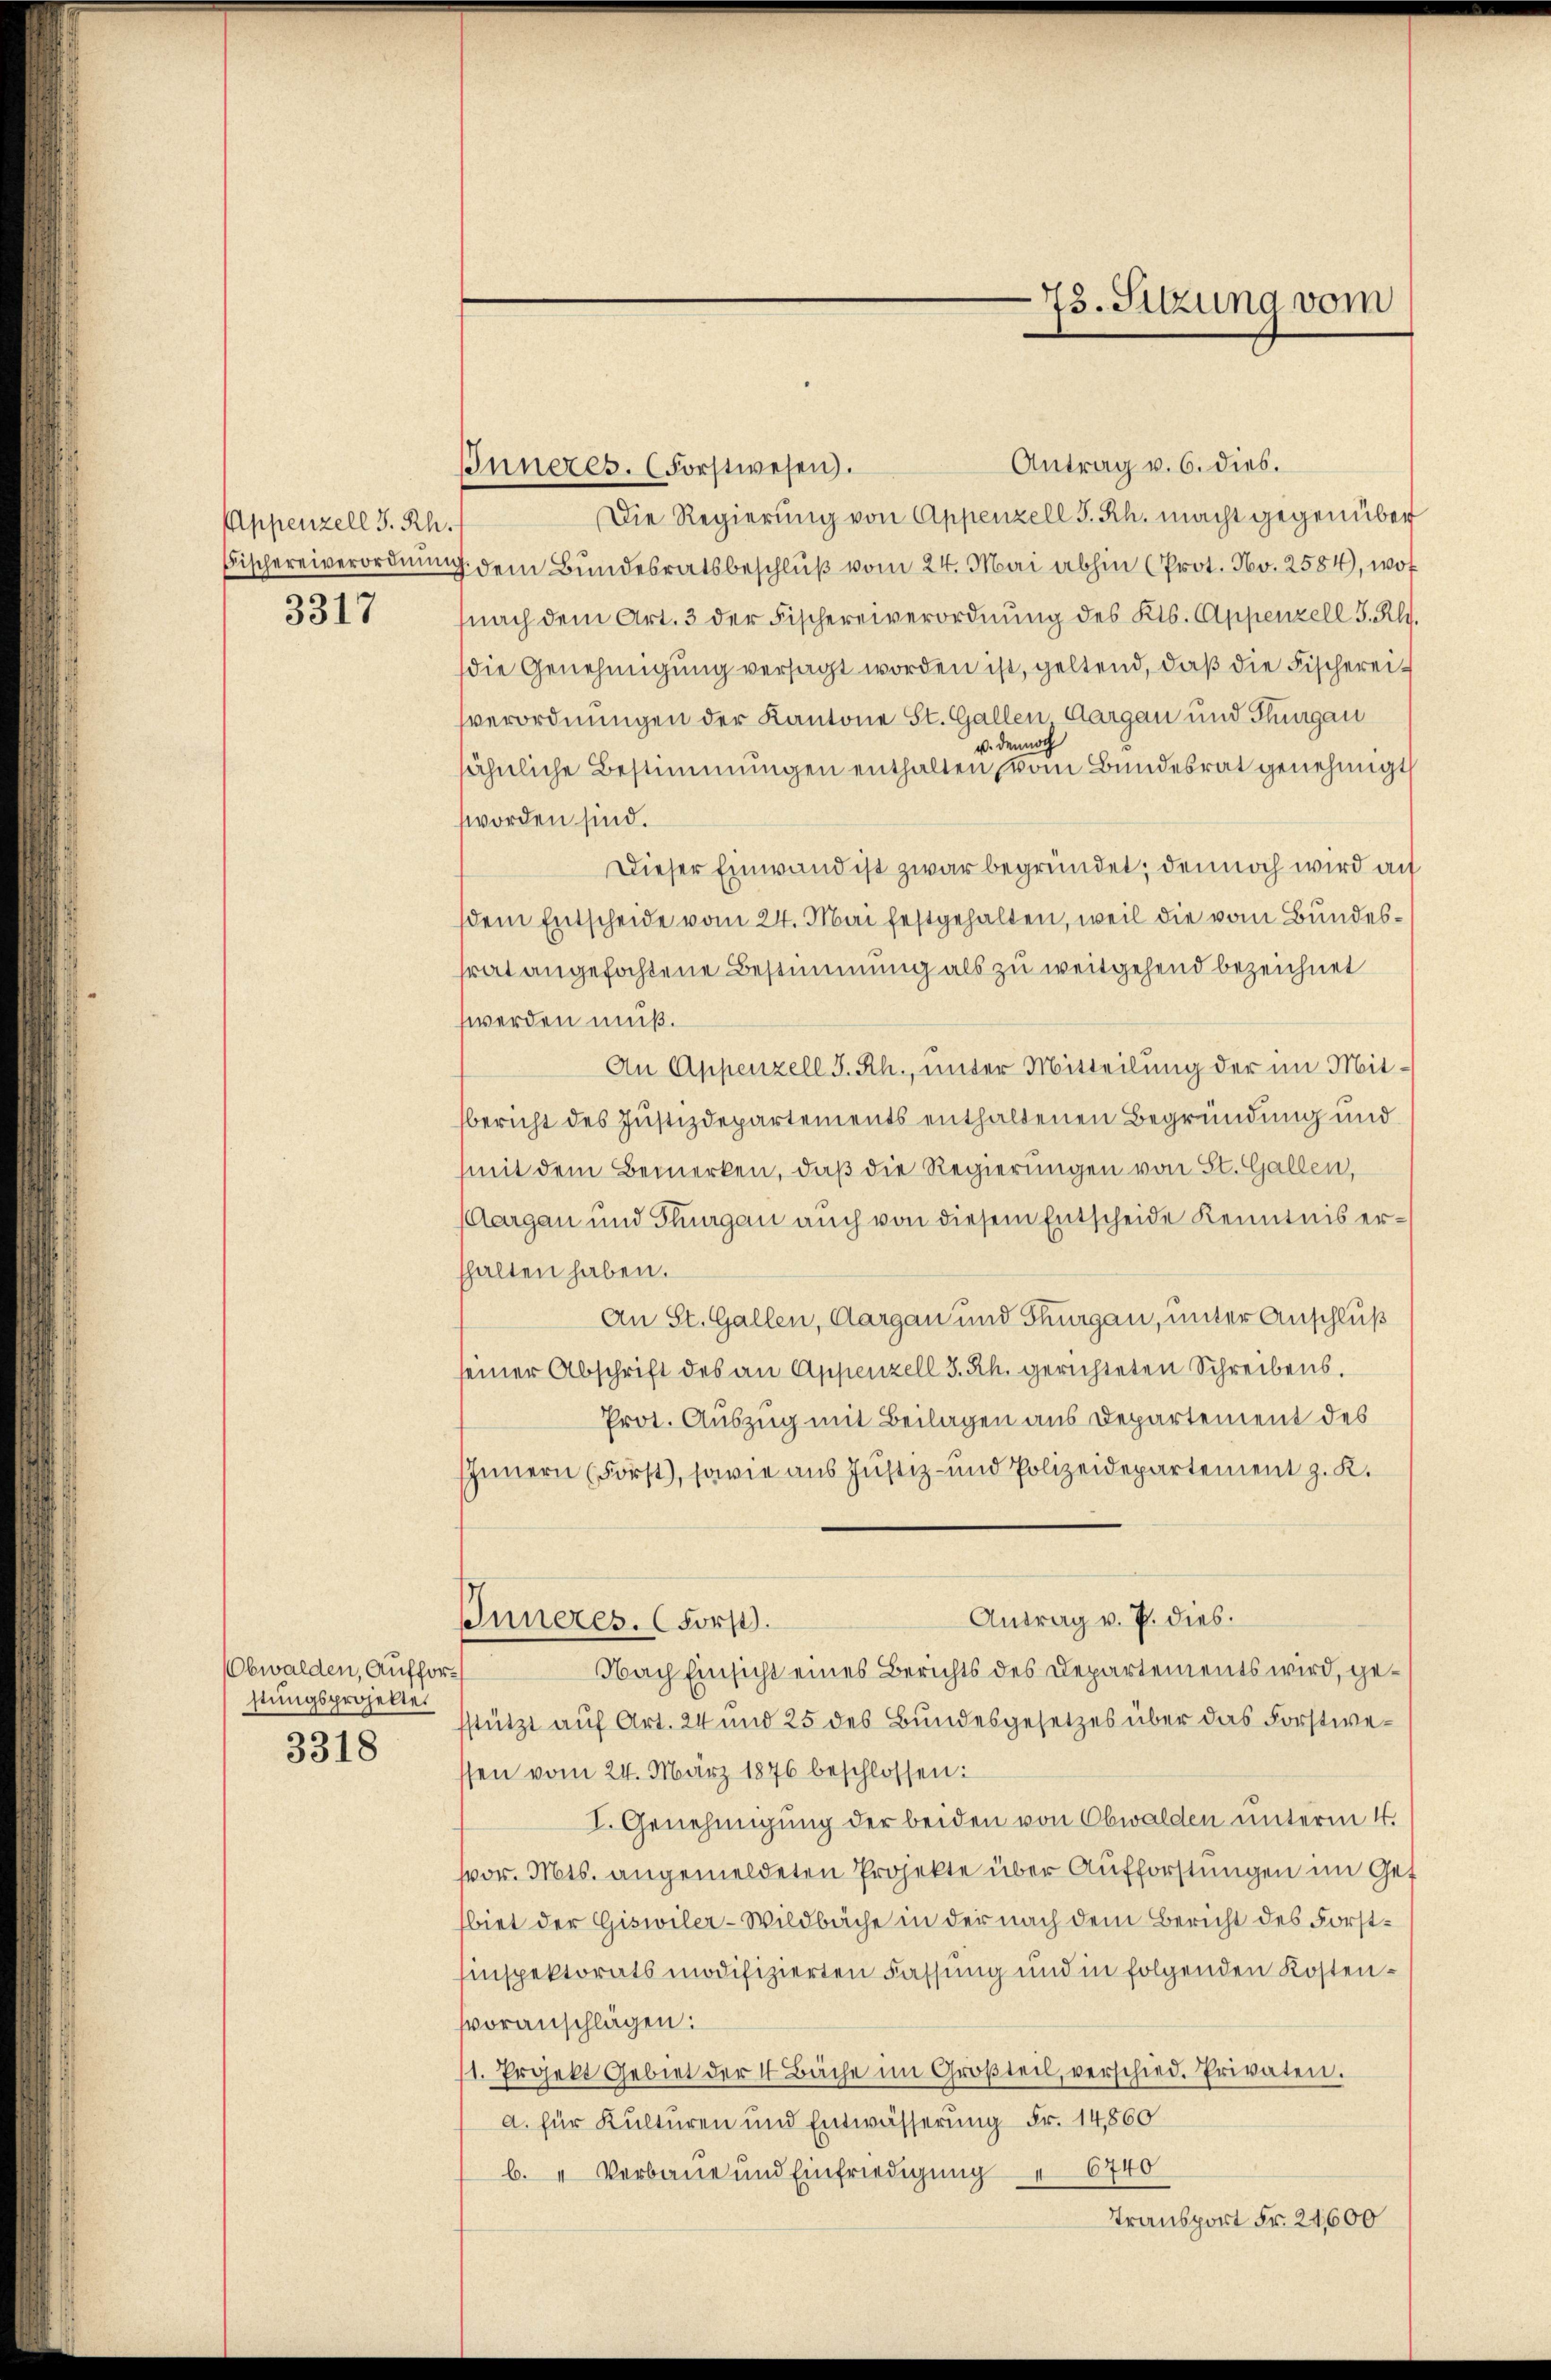
Appenzell S. Rh.
Fischereiverordnung
3317

Obwalden Aufforstungsprojekte.
3318

73. Sitzung vom

Antrag v. 6. dies.
Inneres. (Forstwesen.
Die Regierung von Appenzell S. Rh. macht gegenüber
7 dem Bundesratsbeschluß vom 24. Mai abhin (Prot. No. 2584), wof
(nach dem Art. 3 der Fischereiverordnung des Kts. Appenzell I. Al.
die Genehmigung versagt worden ist, geltend, daß die Fischerei
sverordnungen der Kantone St. Gallen Aargau und Thurgau
u. dennoch
ähnliche Bestimmungen enthalten vom Bundesrat genehmigt
worden sind.
Dieser Einwand ist zwar begründet, dennoch wird au
dem Entscheide vom 24. Mai festgehalten, weil die vom Bundesrat angefochtene Bestimmung als zu weitgehend bezeichnet
werden muß.
An Appenzell I.Rh., unter Mitteilung der im Mitbericht des Justizdepartements enthaltenen Begründung und
mit dem Bemerken, daß die Regierungen von St. Gallen,
Aargau und Thurgau auch von diesem Entscheide Kenntnis erhalten haben.
An St. Gallen, Aargau und Thurgau, unter Anschluß
einer Abschrift des an Appenzell I.Rh. gerichteten Schreibens.
Prot. Auszug mit Beilagen aus Departement des
IInnern (Forst), sowie aus Justiz- und Polizeidepartement z. K.
Antrag v. P. dies
Inneres. (Forst.
Nach Einsicht eines Berichts des Departements wird, gestützt auf Art. 24 und 25 des Bundesgesetzes über das Forstwessen vom 24. März 1876 beschlossen:
I. Genehmigung der beiden von Obwalden unterm 4.
vor. Mts. angemeldeten Projekte über Aufforstungen im Get
fbiet der Giswiler-Wildbache in der nach dem Bericht des Forst¬
Einspektorats modifizierten Fassung und in folgenden Kostenvoranschlägen:
1. Projekt Gebiet der 4 Bäche im Groβteil, verschied. Privaten.
d. für Kulturen und Entwässerung Fr. 14,860
b. " Verbaue und Einfriedigŭng " 6740
Transport Fr. 24600